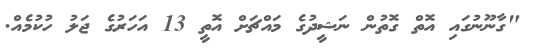
"ގާނޫނުގައި އޮތް ގޮތުން ނަޝީދުގެ މައްޗަށް އޮތީ 13 އަހަރުގެ ޖަލު ހުކުމެއް.